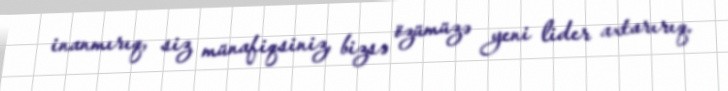
inanmırıq, siz münafiqsiniz, bizsə özümüzə yeni lider axtarırıq.